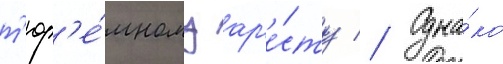
т'юр'е́мному ар'е́сту // Одна́ко